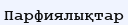
Парфиялықтар